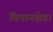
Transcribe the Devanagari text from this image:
विमानक्षेत्र।